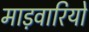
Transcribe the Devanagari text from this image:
माड़वारियो